system: You are a helpful assistant.
user:
Analyze the provided spectrum to determine if it is a **"Cataclysmic Variables (CV)"**.

- **Key Indicators for CV (Check for either state):**
    - **State 1: Quiescent / Low-State (Emission-Dominated)**
        - **(Primary):** Strong and *very broad* Hydrogen Balmer emission lines (e.g., $H\alpha$ at 6563 Å, $H\beta$ at 4861 Å). The 'broadness' (high velocity dispersion, often FWHM > 1000 km/s) is the key diagnostic, indicating a high-velocity accretion disk.
        - **(Secondary):** Broad neutral Helium (He I) emission lines (e.g., 5876 Å, 6678 Å).
        - **(Key Confirmation):** Presence of high-excitation *ionized* Helium (He II) emission at 4686 Å. This is a strong indicator of accretion onto a white dwarf.
        - **(Line Profile):** Emission lines may exhibit a 'double-peaked' profile, which is a classic signature of a rotating accretion disk viewed at high inclination.

    - **State 2: Outburst / High-State (Absorption-Dominated)**
        - **(Primary):** Spectrum is dominated by a bright, blue continuum (looks like a hot star).
        - **(Secondary):** The emission lines from State 1 are weak, absent, or 'filled in', and are replaced by broad, shallow *absorption* lines (primarily Balmer and He I).
        - **(Morphology):** The overall spectrum mimics a hot B/A-type star. The crucial difference is that the absorption lines are significantly broader, shallower, and more 'washed-out' (or 'smeared') than the sharp lines of a normal stellar photosphere, due to high rotational speeds and pressure broadening in the disk.

Think first, call **spectral_visualization_tool** if needed to examine features in detail, then provide your final answer. Your response must adhere to the following strict rules:
1.  **Overall Structure:** Your response must follow the format `<think>...</think> <tool_call>...</tool_call> (if a tool is used) <answer>...</answer>`.
2.  **Tool Usage Constraint:** You may only make **one** tool call per turn.
3.  **Final Answer Format:** In the `<answer>` tag, your conclusion must be inside a `\boxed{}` command (e.g., `\boxed{YES}`), followed by your justification.

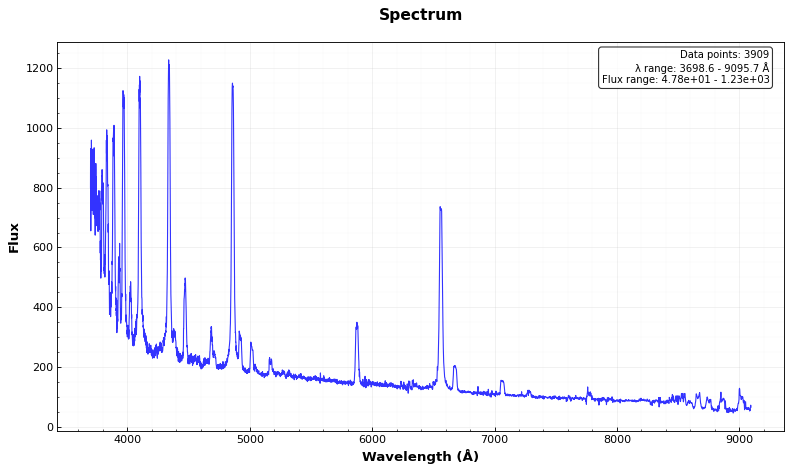
Answer: YES